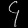
Digit: ၄